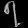
Digit: ၇